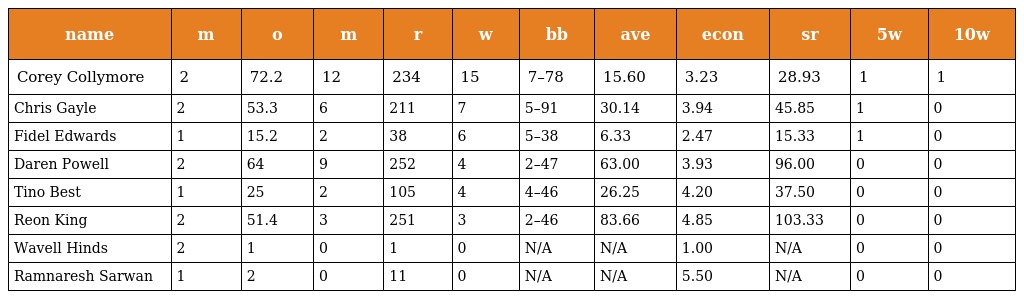
| name | m | o | m | r | w | bb | ave | econ | sr | 5w | 10w |
 | --- | --- | --- | --- | --- | --- | --- | --- | --- | --- | --- | --- |
 | Corey Collymore | 2 | 72.2 | 12 | 234 | 15 | 7–78 | 15.60 | 3.23 | 28.93 | 1 | 1 |
 | Chris Gayle | 2 | 53.3 | 6 | 211 | 7 | 5–91 | 30.14 | 3.94 | 45.85 | 1 | 0 |
 | Fidel Edwards | 1 | 15.2 | 2 | 38 | 6 | 5–38 | 6.33 | 2.47 | 15.33 | 1 | 0 |
 | Daren Powell | 2 | 64 | 9 | 252 | 4 | 2–47 | 63.00 | 3.93 | 96.00 | 0 | 0 |
 | Tino Best | 1 | 25 | 2 | 105 | 4 | 4–46 | 26.25 | 4.20 | 37.50 | 0 | 0 |
 | Reon King | 2 | 51.4 | 3 | 251 | 3 | 2–46 | 83.66 | 4.85 | 103.33 | 0 | 0 |
 | Wavell Hinds | 2 | 1 | 0 | 1 | 0 | N/A | N/A | 1.00 | N/A | 0 | 0 |
 | Ramnaresh Sarwan | 1 | 2 | 0 | 11 | 0 | N/A | N/A | 5.50 | N/A | 0 | 0 |